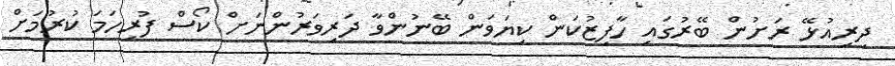
ދިރިއުޅޭ ރަށުން ބޭރުގައި ހާފިޒުކަން ކިޔަވަން ބޭނުންވާ ދަރިވަރުންނަށް ކޯސް ފުރިހަމަ ކުރުމަށް